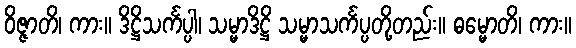
ဝိဇ္ဇာတိ၊ ကား။ ဒိဋ္ဌိသင်္ကပ္ပါ၊ သမ္မာဒိဋ္ဌိ သမ္မာသင်္ကပ္ပတို့တည်း။ ဓမ္မောတိ၊ ကား။